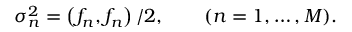
\begin{array} { r } { \sigma _ { n } ^ { 2 } = \left( f _ { n } , f _ { n } \right) / 2 , \qquad ( n = 1 , \ldots , M ) . } \end{array}